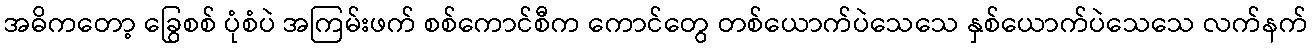
အဓိကတော့ ခြွေစစ် ပုံစံပဲ အကြမ်းဖက် စစ်ကောင်စီက ကောင်တွေ တစ်ယောက်ပဲသေသေ နှစ်ယောက်ပဲသေသေ လက်နက်